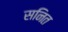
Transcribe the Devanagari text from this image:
सनित